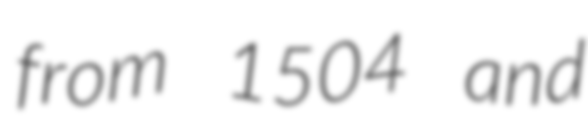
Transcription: from 1504 and